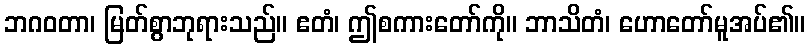
ဘဂဝတာ၊ မြတ်စွာဘုရားသည်။ ဧတံ၊ ဤစကားတော်ကို။ ဘာသိတံ၊ ဟောတော်မူအပ်၏။